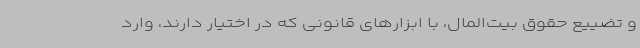
و تضییع حقوق بیت‌المال، با ابزارهای قانونی که در اختیار دارند، وارد